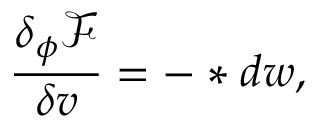
\frac { \delta _ { \phi } \mathcal { F } } { \delta v } = - \ast d w ,